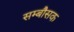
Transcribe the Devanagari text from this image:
सम्बौसक